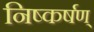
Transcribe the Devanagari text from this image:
निष्कर्षण्